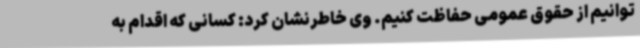
توانیم از حقوق عمومی حفاظت کنیم. وی خاطرنشان کرد: کسانی که اقدام به